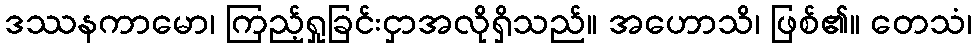
ဒဿနကာမော၊ ကြည့်ရှုခြင်းငှာအလိုရှိသည်။ အဟောသိ၊ ဖြစ်၏။ တေသံ၊